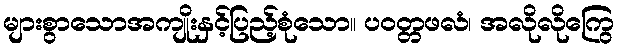
များစွာသောအကျိုးနှင့်ပြည့်စုံသော။ ပဝတ္တဖလံ၊ အလိုလိုကြွေ